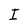
Character: I